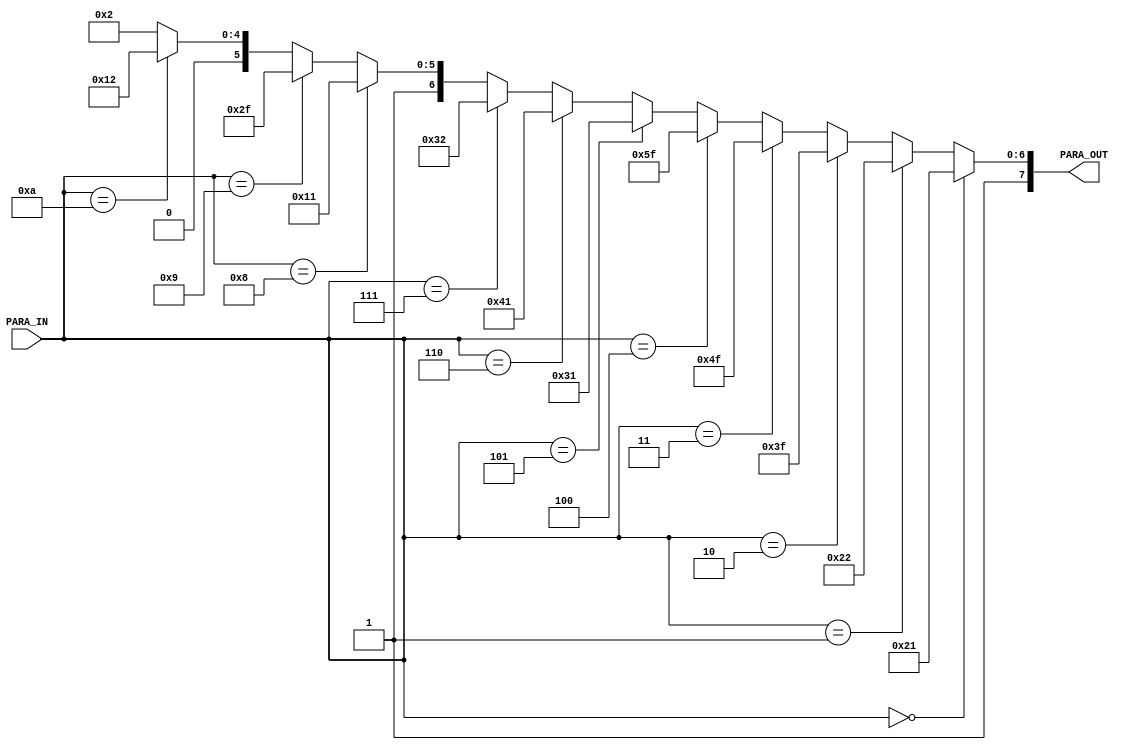
module para_decoder (
  // input wire CLOCK,
  input wire [3:0] PARA_IN,
  output wire [7:0] PARA_OUT
);

assign PARA_OUT = 
  (PARA_IN == 4'b0000) ? {4'b1010, 4'b0001} : // n1
  (PARA_IN == 4'b0001) ? {4'b1010, 4'b0010} : // n2
  (PARA_IN == 4'b0010) ? {4'b1011, 4'b1111} : // b
  (PARA_IN == 4'b0011) ? {4'b1100, 4'b1111} : // c
  (PARA_IN == 4'b0100) ? {4'b1101, 4'b1111} : // d
  (PARA_IN == 4'b0101) ? {4'b1011, 4'b0001} : // b1
  (PARA_IN == 4'b0110) ? {4'b1100, 4'b0001} : // C1
  (PARA_IN == 4'b0111) ? {4'b1011, 4'b0010} : // b2
  (PARA_IN == 4'b1000) ? {4'b1101, 4'b0001} : // d1
  (PARA_IN == 4'b1001) ? {4'b1110, 4'b1111} : // E
  (PARA_IN == 4'b1010) ? {4'b1101, 4'b0010} : // d2
/*(PARA_IN == 4'b0000)*/ {4'b1100, 4'b0010};  // C2

endmodule